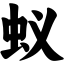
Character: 蚁